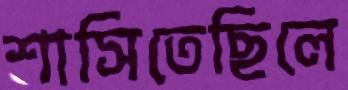
শাসিতেছিলে